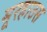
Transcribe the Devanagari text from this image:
मूरहाउस